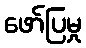
ဖော်ပြမှု